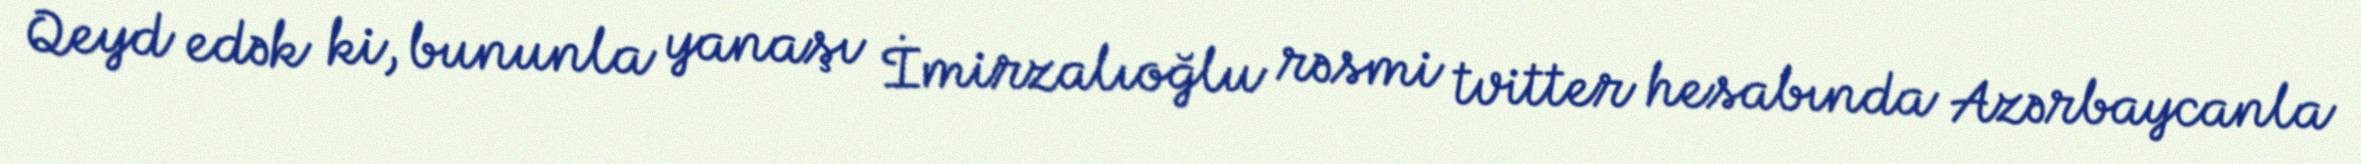
Qeyd edək ki, bununla yanaşı İmirzalıoğlu rəsmi tvitter hesabında Azərbaycanla